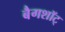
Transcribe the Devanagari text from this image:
बैगशॉट्